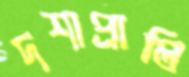
দশাপ্রাপ্তি